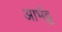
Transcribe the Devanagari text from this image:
आर्भट्ट